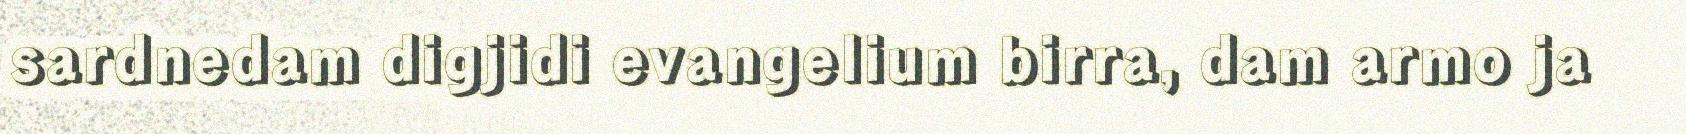
sardnedam digjidi evangelium birra, dam armo ja